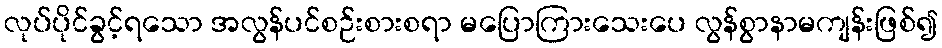
လုပ်ပိုင်ခွင့်ရသော အလွန်ပင်စဉ်းစားစရာ မပြောကြားသေးပေ လွန်စွာနာမကျန်းဖြစ်၍